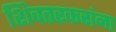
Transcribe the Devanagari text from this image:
शिवतरकरांना